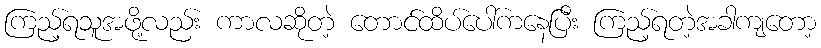
ကြည့်ရသူအဖို့လည်း ကာလဆိုတဲ့ တောင်ထိပ်ပေါ်ကနေပြီး ကြည့်ရတဲ့အခါကျတော့